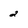
Character: 2